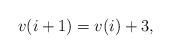
LaTeX: \begin{align*}v(i+1)=v(i)+3,\end{align*}